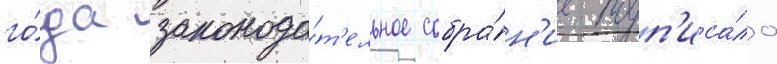
го́да законода́т'ельное собра́н'ие подп'иса́ло